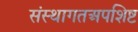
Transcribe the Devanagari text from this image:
संस्थागतअपशिष्ट